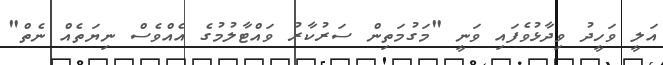
އަލީ ވަހީދު ވިދާޅުވެފައި ވަނީ "މަގުމަތިން ސަރުކާރު ވައްޓާލުމުގެ އެއްވެސް ނިޔަތެއް ނެތް"